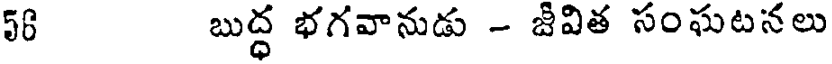
58 బుద్ధ భగవానుడు - జీవిత సంఘటనలు